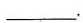
___.